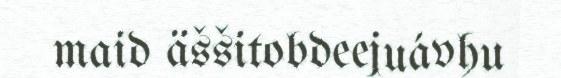
maid äššitobdeejuávhu